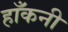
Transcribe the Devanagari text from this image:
हाँकनी